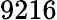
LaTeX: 9216